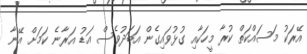
އޭރަކު މަސައްކަތް ކުރާ މީހަކާއި ގުޅުވައިގެން އަބަދުވެސް އަޑު އަރާނެ ކަމަށް އޭނާ